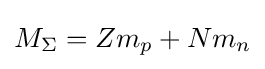
M_{\Sigma }=Zm_{p}+Nm_{n}\,\!